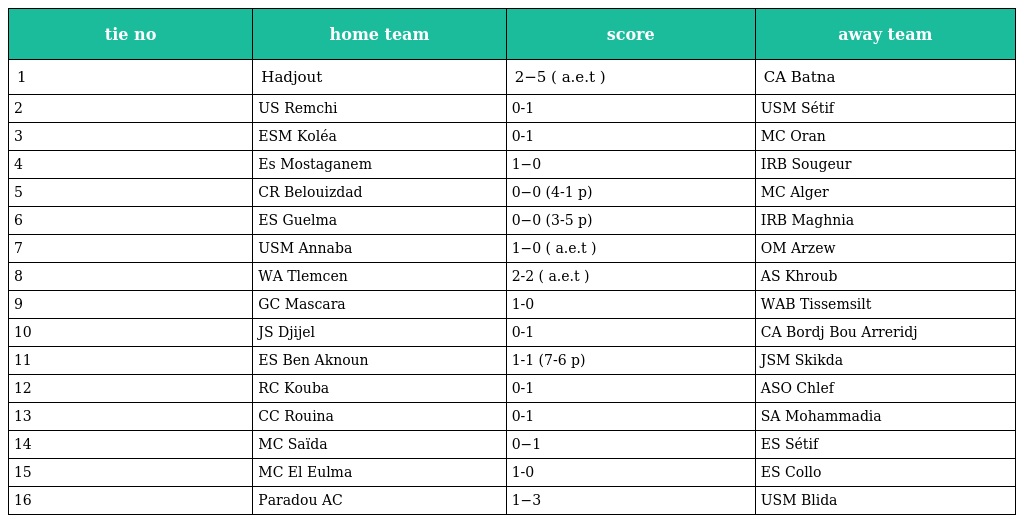
| tie no | home team | score | away team |
 | --- | --- | --- | --- |
 | 1 | Hadjout | 2−5 ( a.e.t ) | CA Batna |
 | 2 | US Remchi | 0-1 | USM Sétif |
 | 3 | ESM Koléa | 0-1 | MC Oran |
 | 4 | Es Mostaganem | 1−0 | IRB Sougeur |
 | 5 | CR Belouizdad | 0−0 (4-1 p) | MC Alger |
 | 6 | ES Guelma | 0−0 (3-5 p) | IRB Maghnia |
 | 7 | USM Annaba | 1−0 ( a.e.t ) | OM Arzew |
 | 8 | WA Tlemcen | 2-2 ( a.e.t ) | AS Khroub |
 | 9 | GC Mascara | 1-0 | WAB Tissemsilt |
 | 10 | JS Djijel | 0-1 | CA Bordj Bou Arreridj |
 | 11 | ES Ben Aknoun | 1-1 (7-6 p) | JSM Skikda |
 | 12 | RC Kouba | 0-1 | ASO Chlef |
 | 13 | CC Rouina | 0-1 | SA Mohammadia |
 | 14 | MC Saïda | 0−1 | ES Sétif |
 | 15 | MC El Eulma | 1-0 | ES Collo |
 | 16 | Paradou AC | 1−3 | USM Blida |